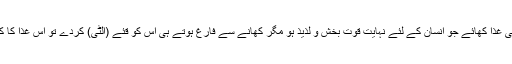
کہ ایک شخص اچھی سے اچھی غذا کھائے جو انسان کے لئے نہایت قوت بخش و لذیذ ہو مگر کھانے سے فارغ ہوتے ہی اس کو قئے (اُلٹی) کردے تو اس غذا کا کوئی فائدہ اُسے حاصل نہ ہوگا۔